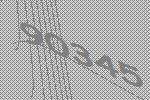
90345